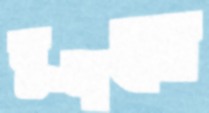
দুদলে